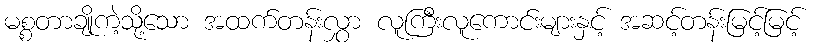
မစ္စတာချိုကဲ့သို့သော အထက်တန်းလွှာ လူကြီးလူကောင်းများနှင့် အဆင့်တန်းမြင့်မြင့်